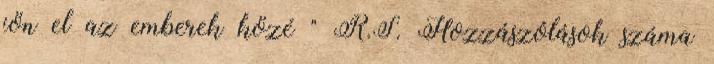
jön el az emberek közé " R.S. Hozzászólások száma